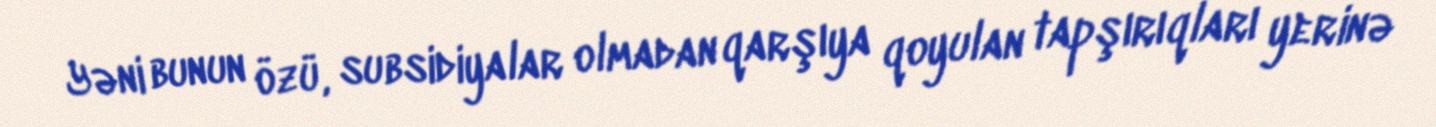
Yəni bunun özü, subsidiyalar olmadan qarşıya qoyulan tapşırıqları yerinə